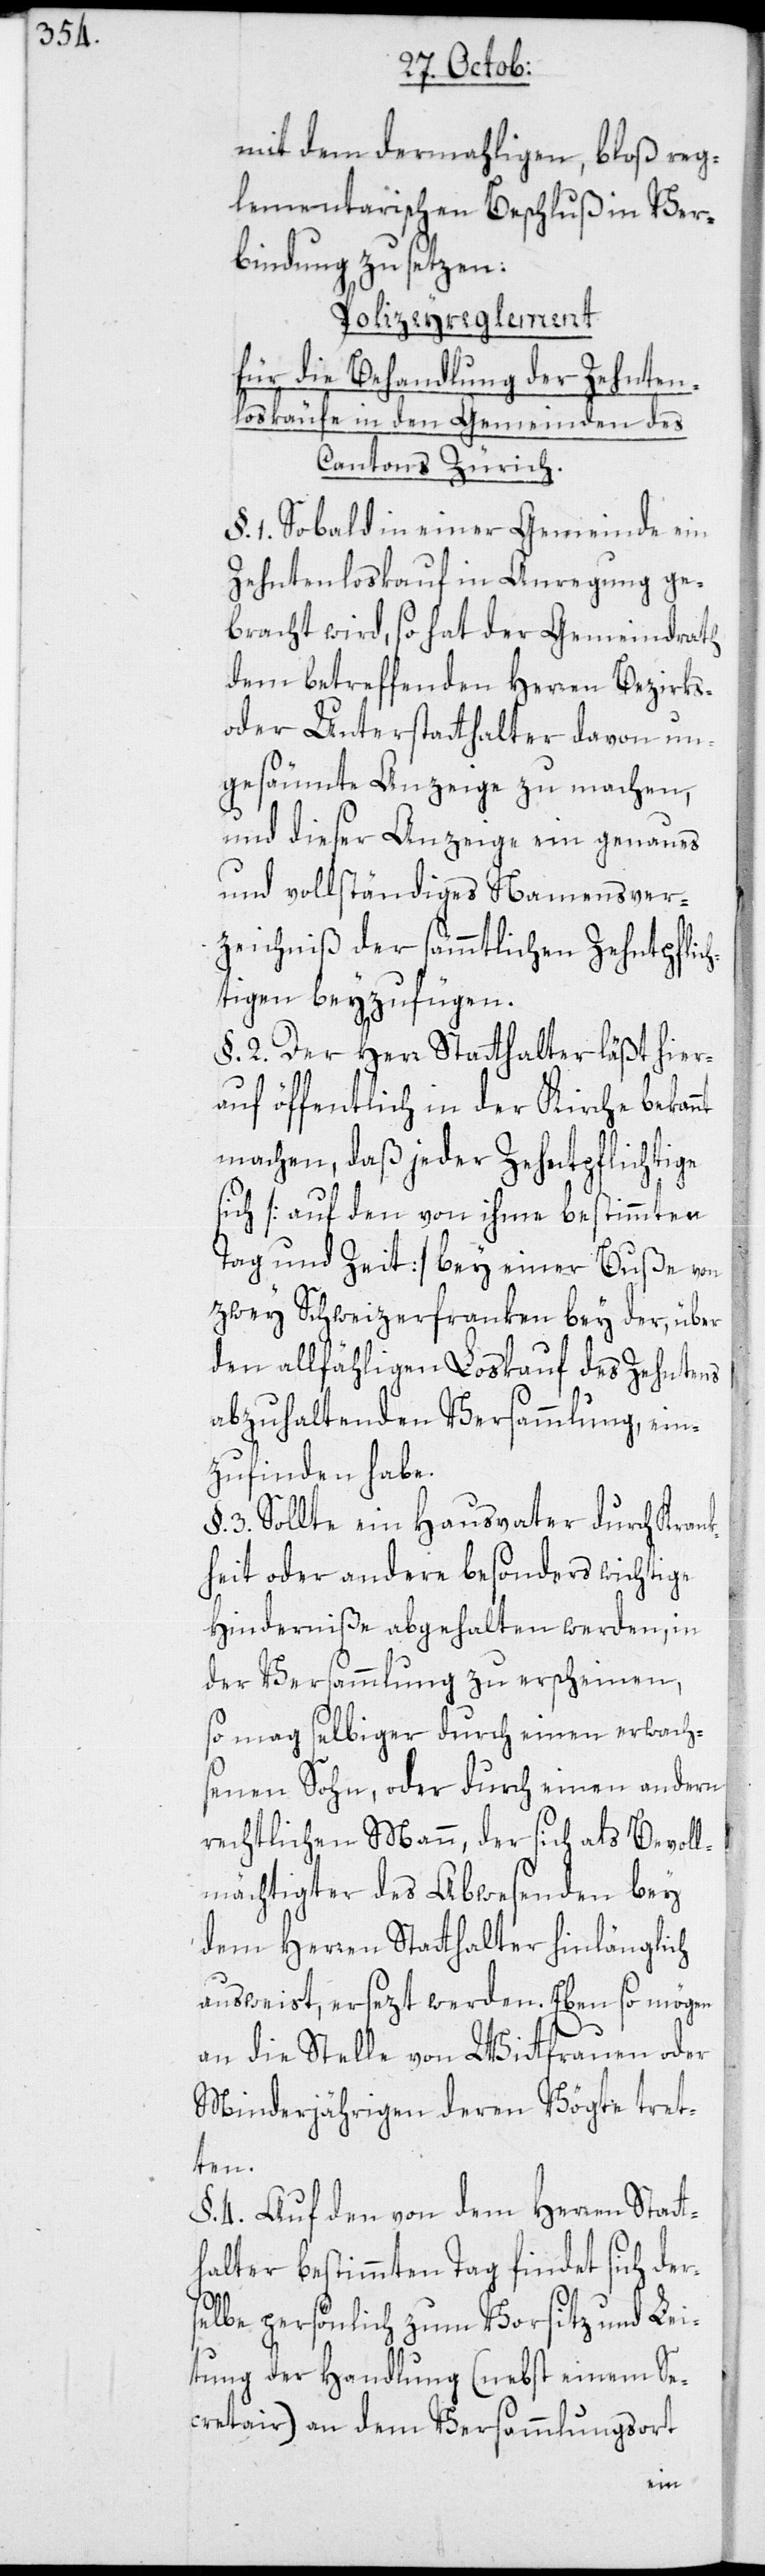
mit dem dermahligen, bloß reg¬
lementarischen Beschluß in Ver¬
bindung zu setzen:
Polizeyreglement
für die Behandlung der Zehnten¬
loskäufe in den Gemeinden des
Cantons Zürich.
§. 1. Sobald in einer Gemeinde ein
Zehntenloskauf in Anregung ge¬
bracht wird, so hat der Gemeindrath
dem betreffenden Herren Bezirks-
oder Unterstatthalter davon un¬
gesäumte Anzeige zu machen,
und dieser Anzeige ein genaues
und vollständiges Namensver¬
zeichniß der sämmtlichen Zehntpflic¬
htigen beyzufügen.
§. 2. Der Herr Statthalter läßt hier¬
auf öffentlich in der Kirche bekan¬
machen, daß jeder Zehntpflichtige
sich [auf den von ihme bestimmten
Tag und Zeit] bey einer Buße von
zwey Schweizerfranken bey der, über
den allfähligen Loskauf des Zehntens
abzuhaltenden Versammlung, ein¬
zufinden habe.
3. Sollte ein Hausvater durch Krank¬
heit oder andere besonders wichtige
Hinderniße abgehalten werden, in
der Versammlung zu erscheinen,
so mag selbiger durch einen erwach¬
senen Sohn, oder durch einen andern
rechtlichen Mann, der sich als Bevoll¬
mächtigter des Abwesenden bey
dem Herren Statthalter hinlänglich
ausweist, ersezt werden. Eben so mögen
an die Stelle von Wittfrauen oder
Minderjährigen deren Vögte tret¬
ten.
§. 4. Auf den von dem Herren Statt¬
halter bestimmten Tag findet sich der¬
selbe persönlich zum Vorsitz und Lei¬
tung der Handlung (nebst einem Se¬
cretair) an dem Versammlungsort
nt